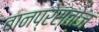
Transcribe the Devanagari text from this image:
बानप्रेस्तोज